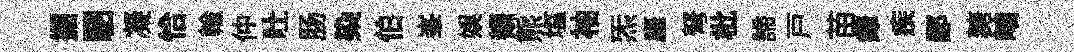
掘駟凝恰輸仲吐肠染伯峯娱覩熊塩袖炁厓弩枇諦戸苗瘴疾鄙糖岫